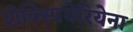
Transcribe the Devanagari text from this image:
शेक्स्पियेरियेना